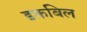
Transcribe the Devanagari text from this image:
डकबिल